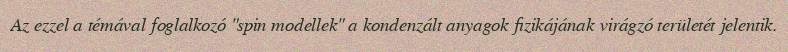
Az ezzel a témával foglalkozó "spin modellek" a kondenzált anyagok fizikájának virágzó területét jelentik.